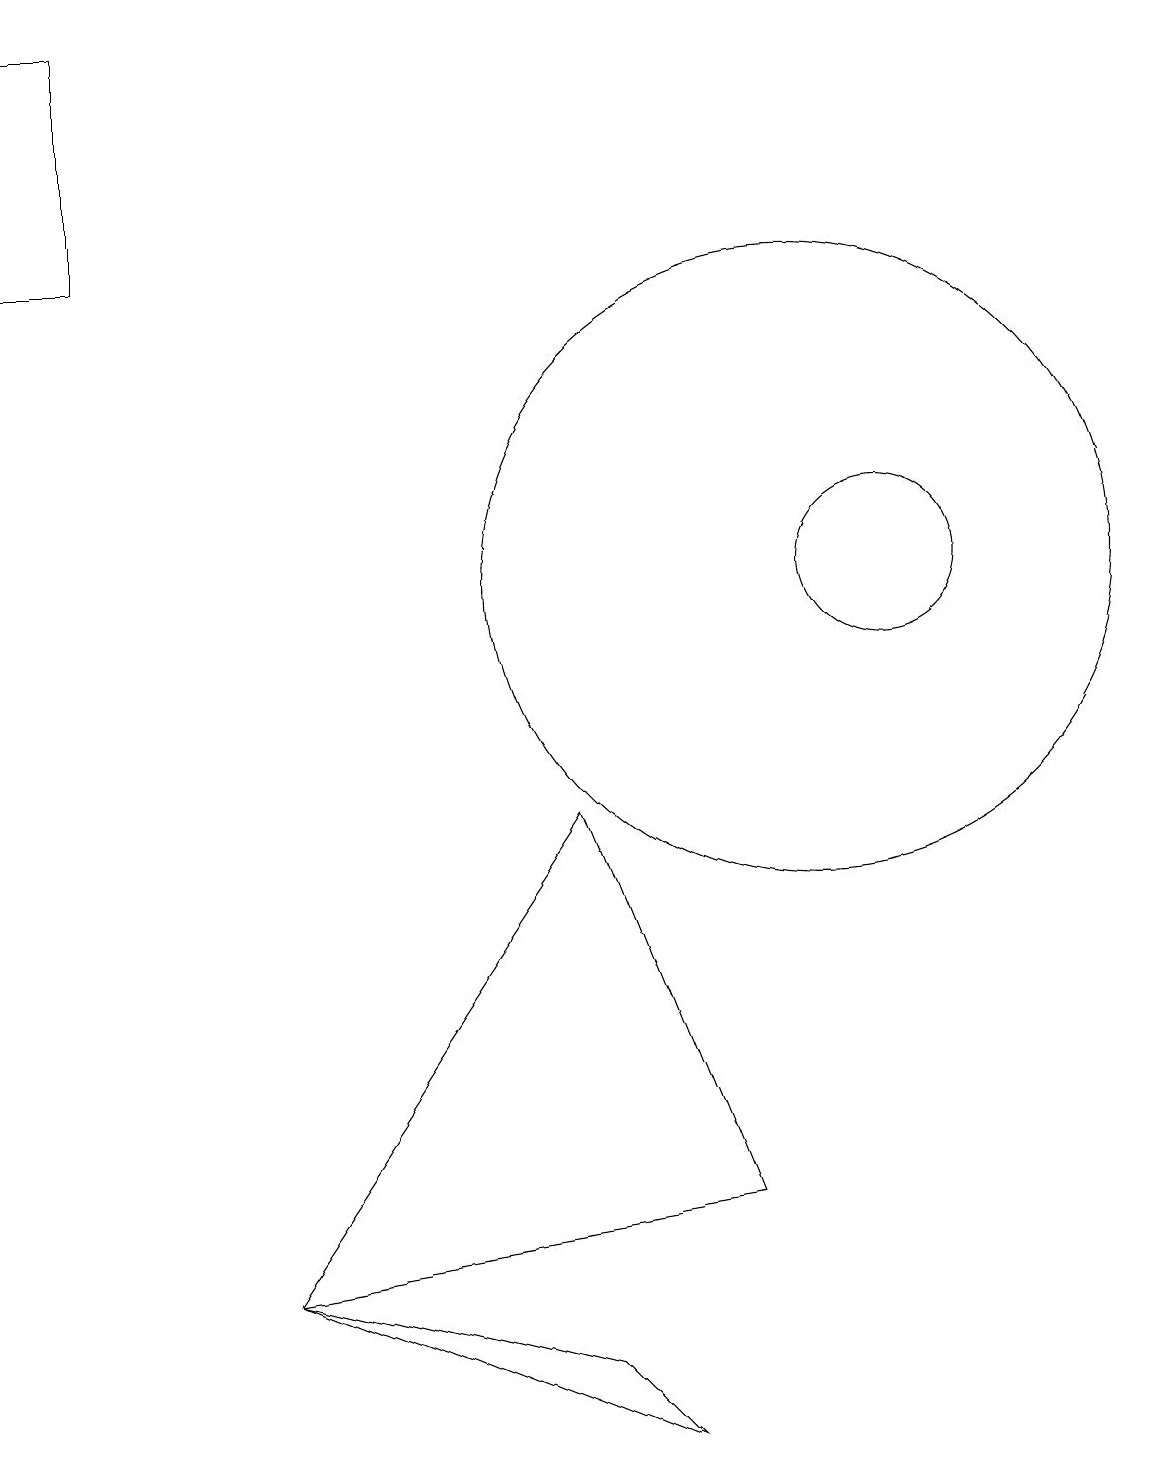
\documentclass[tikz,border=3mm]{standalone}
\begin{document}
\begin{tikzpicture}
\draw (11,12) circle (1);
\draw (1,19) rectangle (0,16);
\draw (10,12) circle (4);
\draw (9,4) -- (3,3) -- (7,9) -- cycle;
\draw (7,2) -- (3,3) -- (8,1) -- cycle;
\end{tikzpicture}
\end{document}